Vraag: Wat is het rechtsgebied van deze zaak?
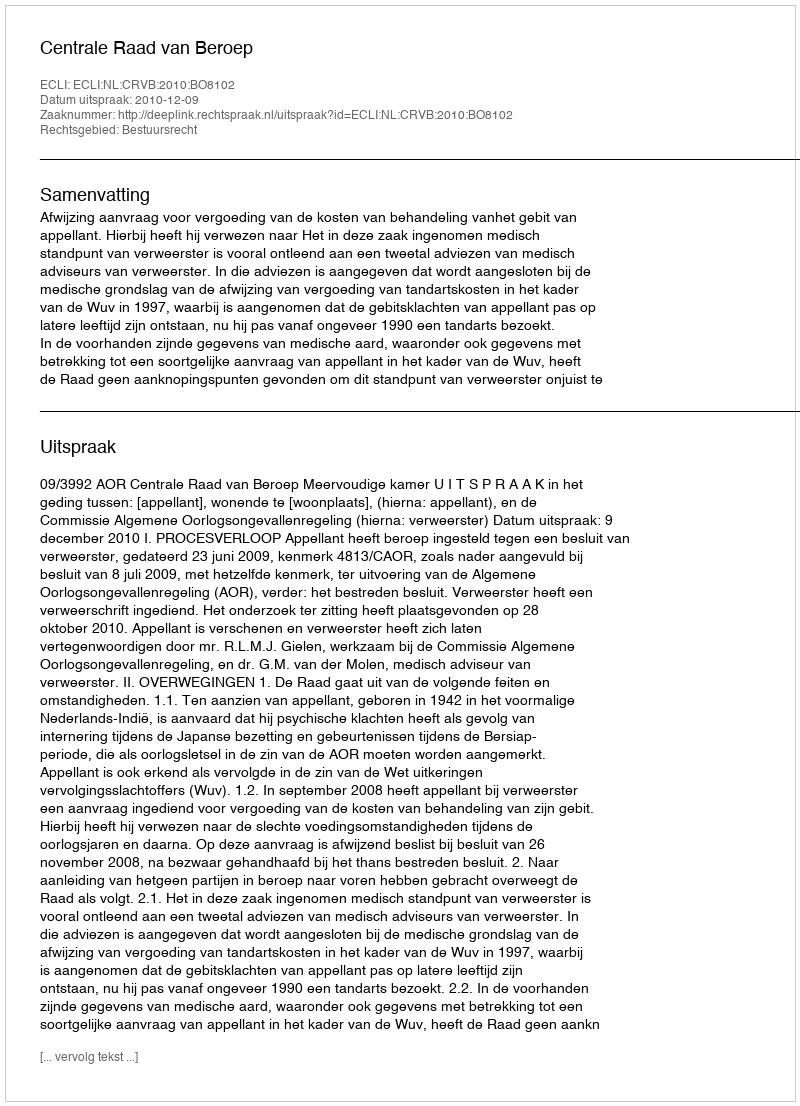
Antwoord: Bestuursrecht